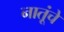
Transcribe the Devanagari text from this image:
नातूंचे